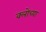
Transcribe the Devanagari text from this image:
क्लोच्या